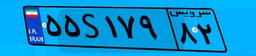
۹۸S۳۰۹۵۴